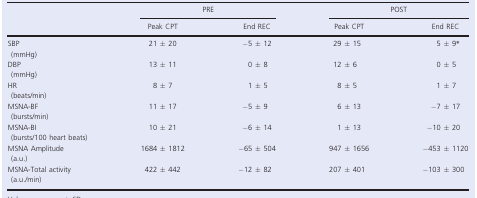
<table><thead><tr><td></td><td colspan="2"><b>PRE</b></td><td colspan="2"><b>POST</b></td></tr><tr><td></td><td><b>Peak CPT</b></td><td><b>End REC</b></td><td><b>Peak CPT</b></td><td><b>End REC</b></td></tr></thead><tbody><tr><td>SBP (mmHg)</td><td>21 ± 20</td><td>−5 ± 12</td><td>29 ± 15</td><td>5 ± 9*</td></tr><tr><td>DBP (mmHg)</td><td>13 ± 11</td><td>0 ± 8</td><td>12 ± 6</td><td>0 ± 5</td></tr><tr><td>HR (beats/min)</td><td>8 ± 7</td><td>1 ± 5</td><td>8 ± 5</td><td>1 ± 7</td></tr><tr><td>MSNA-BF (bursts/min)</td><td>11 ± 17</td><td>−5 ± 9</td><td>6 ± 13</td><td>−7 ± 17</td></tr><tr><td>MSNA-BI (bursts/100 heart beats)</td><td>10 ± 21</td><td>−6 ± 14</td><td>1 ± 13</td><td>−10 ± 20</td></tr><tr><td>MSNA Amplitude (a.u.)</td><td>1684 ± 1812</td><td>−65 ± 504</td><td>947 ± 1656</td><td>−453 ± 1120</td></tr><tr><td>MSNA-Total activity (a.u./min)</td><td>422 ± 442</td><td>−12 ± 82</td><td>207 ± 401</td><td>−103 ± 300</td></tr></tbody></table>